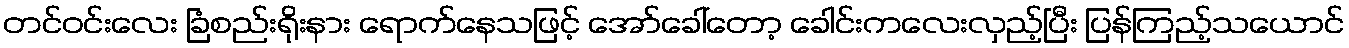
တင်ဝင်းလေး ခြံစည်းရိုးနား ရောက်နေသဖြင့် အော်ခေါ်တော့ ခေါင်းကလေးလှည့်ပြီး ပြန်ကြည့်သယောင်